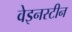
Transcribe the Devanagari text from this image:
वेइनस्टीन